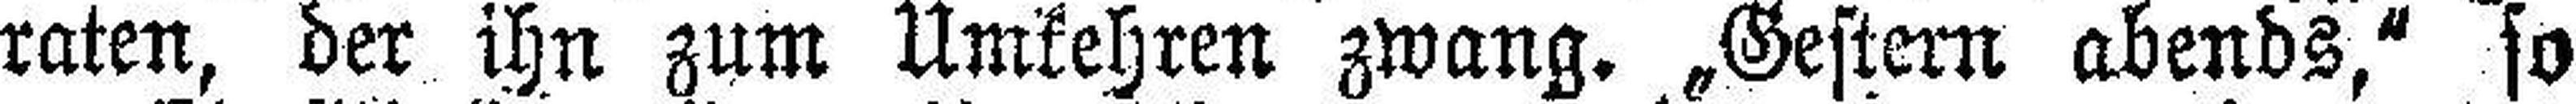
raten, der ihn zum Umkehren zwang. „Gestern abends,“ so